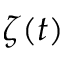
\zeta ( t )